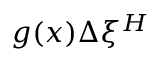
g ( x ) \Delta \xi ^ { H }